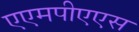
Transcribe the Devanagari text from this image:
एएमपीएएस